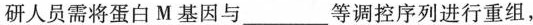
研人员需将蛋白M基因与___等调控序列进行重组，